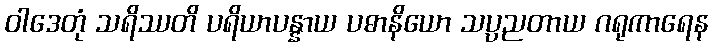
ဝါဒေတုံ သရိဿတိ ပရိယာပန္နာယ ပဓာနိယော သပ္ပညတာယ ဂရုကာရေန